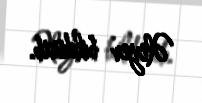
Əliyev bildirib.